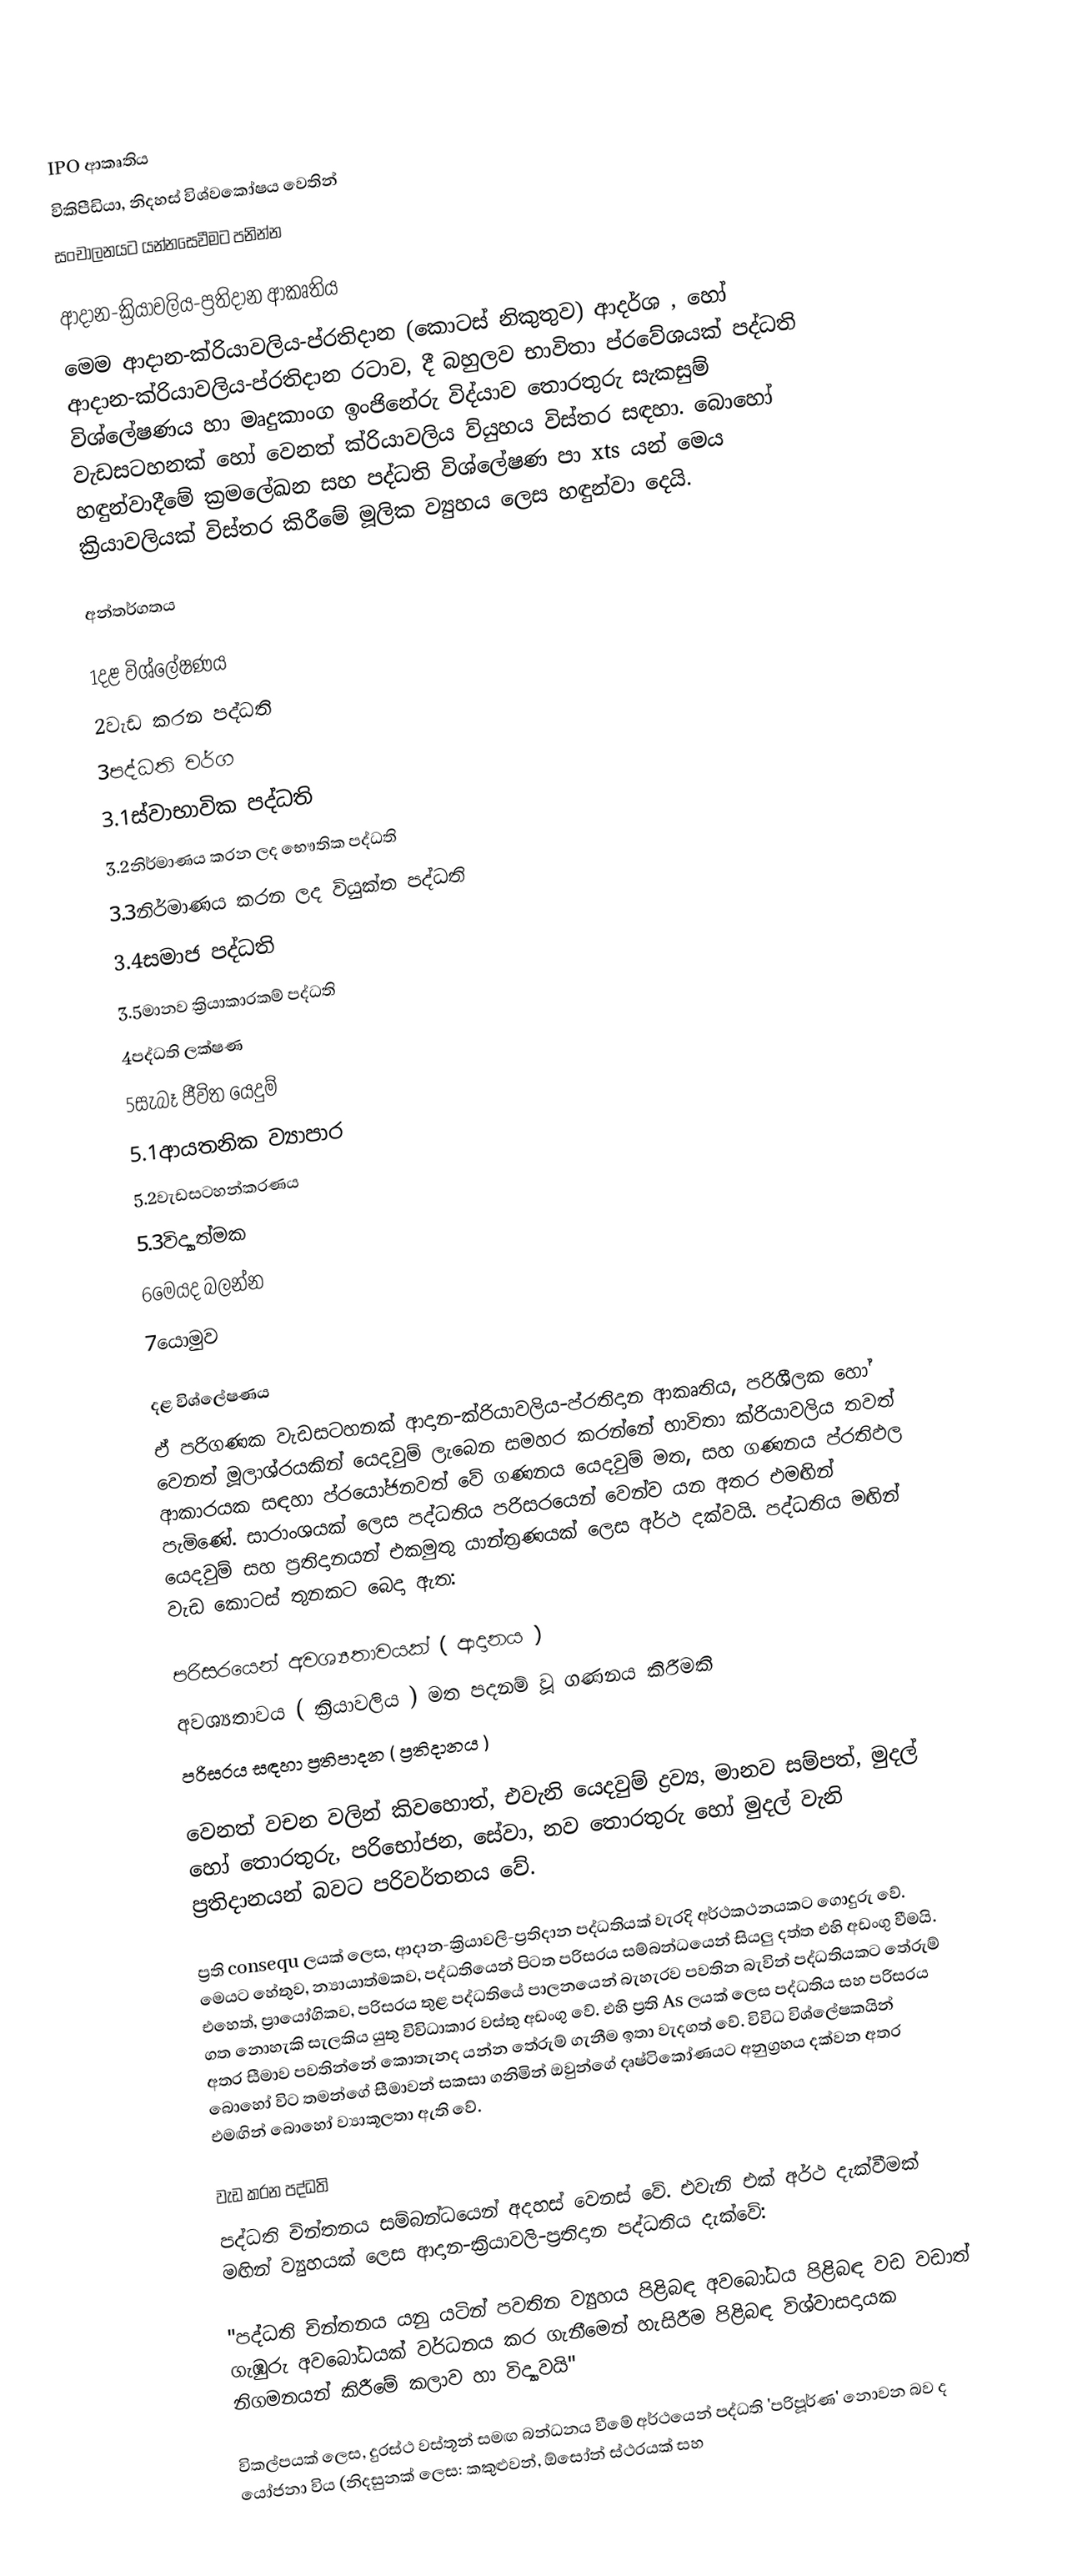

IPO ආකෘතිය
විකිපීඩියා, නිදහස් විශ්වකෝෂය වෙතින්
සංචාලනයට යන්නසෙවීමට පනින්න

ආදාන-ක්‍රියාවලිය-ප්‍රතිදාන ආකෘතිය
මෙම ආදාන-ක්රියාවලිය-ප්රතිදාන (කොටස් නිකුතුව) ආදර්ශ , හෝ ආදාන-ක්රියාවලිය-ප්රතිදාන රටාව, දී බහුලව භාවිතා ප්රවේශයක් පද්ධති විශ්ලේෂණය හා මෘදුකාංග ඉංජිනේරු විද්යාව තොරතුරු සැකසුම් වැඩසටහනක් හෝ වෙනත් ක්රියාවලිය ව්යුහය විස්තර සඳහා. බොහෝ හඳුන්වාදීමේ ක්‍රමලේඛන සහ පද්ධති විශ්ලේෂණ පා xts යන් මෙය ක්‍රියාවලියක් විස්තර කිරීමේ මූලික ව්‍යුහය ලෙස හඳුන්වා දෙයි.

අන්තර්ගතය

 1දළ විශ්ලේෂණය
 2වැඩ කරන පද්ධති
 3පද්ධති වර්ග
 3.1ස්වාභාවික පද්ධති
 3.2නිර්මාණය කරන ලද භෞතික පද්ධති
 3.3නිර්මාණය කරන ලද වියුක්ත පද්ධති
 3.4සමාජ පද්ධති
 3.5මානව ක්‍රියාකාරකම් පද්ධති
 4පද්ධති ලක්ෂණ
 5සැබෑ ජීවිත යෙදුම්
 5.1ආයතනික ව්‍යාපාර
 5.2වැඩසටහන්කරණය
 5.3විද්‍යාත්මක
 6මෙයද බලන්න
 7යොමුව

දළ විශ්ලේෂණය
ඒ පරිගණක වැඩසටහනක් ආදාන-ක්රියාවලිය-ප්රතිදාන ආකෘතිය, පරිශීලක හෝ වෙනත් මූලාශ්රයකින් යෙදවුම් ලැබෙන සමහර කරන්නේ භාවිතා ක්රියාවලිය තවත් ආකාරයක සඳහා ප්රයෝජනවත් වේ ගණනය යෙදවුම් මත, සහ ගණනය ප්රතිඵල පැමිණේ.  සාරාංශයක් ලෙස පද්ධතිය පරිසරයෙන් වෙන්ව යන අතර එමඟින් යෙදවුම් සහ ප්‍රතිදානයන් එකමුතු යාන්ත්‍රණයක් ලෙස අර්ථ දක්වයි.  පද්ධතිය මඟින් වැඩ කොටස් තුනකට බෙදා ඇත:

 පරිසරයෙන් අවශ්‍යතාවයක් ( ආදානය )
 අවශ්‍යතාවය ( ක්‍රියාවලිය ) මත පදනම් වූ ගණනය කිරීමකි
 පරිසරය සඳහා ප්‍රතිපාදන ( ප්‍රතිදානය )

වෙනත් වචන වලින් කිවහොත්, එවැනි යෙදවුම් ද්‍රව්‍ය, මානව සම්පත්, මුදල් හෝ තොරතුරු, පරිභෝජන, සේවා, නව තොරතුරු හෝ මුදල් වැනි ප්‍රතිදානයන් බවට පරිවර්තනය වේ.

ප්‍රති consequ ලයක් ලෙස, ආදාන-ක්‍රියාවලි-ප්‍රතිදාන පද්ධතියක් වැරදි අර්ථකථනයකට ගොදුරු වේ. මෙයට හේතුව, න්‍යායාත්මකව, පද්ධතියෙන් පිටත පරිසරය සම්බන්ධයෙන් සියලු දත්ත එහි අඩංගු වීමයි. එහෙත්, ප්‍රායෝගිකව, පරිසරය තුළ පද්ධතියේ පාලනයෙන් බැහැරව පවතින බැවින් පද්ධතියකට තේරුම් ගත නොහැකි සැලකිය යුතු විවිධාකාර වස්තු අඩංගු වේ. එහි ප්‍රති As ලයක් ලෙස පද්ධතිය සහ පරිසරය අතර සීමාව පවතින්නේ කොතැනද යන්න තේරුම් ගැනීම ඉතා වැදගත් වේ. විවිධ විශ්ලේෂකයින් බොහෝ විට තමන්ගේ සීමාවන් සකසා ගනිමින් ඔවුන්ගේ දෘෂ්ටිකෝණයට අනුග්‍රහය දක්වන අතර එමඟින් බොහෝ ව්‍යාකූලතා ඇති වේ.

වැඩ කරන පද්ධති
පද්ධති චින්තනය සම්බන්ධයෙන් අදහස් වෙනස් වේ.  එවැනි එක් අර්ථ දැක්වීමක් මඟින් ව්‍යුහයක් ලෙස ආදාන-ක්‍රියාවලි-ප්‍රතිදාන පද්ධතිය දැක්වේ:

"පද්ධති චින්තනය යනු යටින් පවතින ව්‍යුහය පිළිබඳ අවබෝධය පිළිබඳ වඩ වඩාත් ගැඹුරු අවබෝධයක් වර්ධනය කර ගැනීමෙන් හැසිරීම පිළිබඳ විශ්වාසදායක නිගමනයන් කිරීමේ කලාව හා විද්‍යාවයි"

විකල්පයක් ලෙස, දුරස්ථ වස්තූන් සමඟ බන්ධනය වීමේ අර්ථයෙන් පද්ධති 'පරිපූර්ණ' නොවන බව ද යෝජනා විය (නිදසුනක් ලෙස: කකුළුවන්, ඕසෝන් ස්ථරයක් සහ